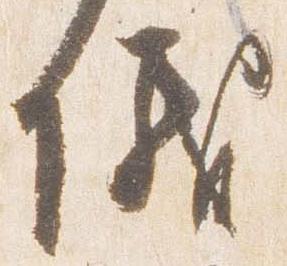
儀